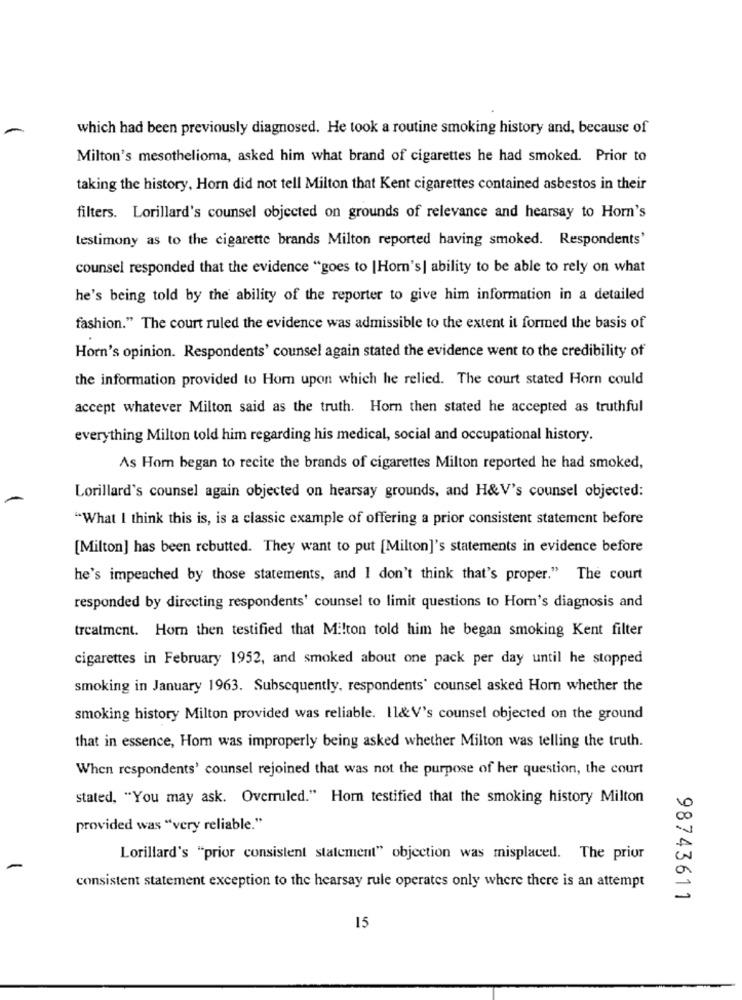
which had been previously diagnosed. He took a routine smoking history and, because of
Milton's mesothelioma, asked him what brand of cigarettes he had smoked. Prior to
taking the history, Horn did not tell Milton that Kent cigarettes contained asbestos in their
filters. Lorillard's counsel objected on grounds of relevance and hearsay to Horn's
testimony as to the cigarette brands Milton reported having smoked. Respondents'
counsel responded that the evidence "goes to |Horn's] ability to be able to rely on what
he's being told by the ability of the reporter to give him information in a detailed
fashion." The court ruled the evidence was admissible to the extent it formed the basis of
Horn's opinion. Respondents' counsel again stated the evidence went to the credibility of
the information provided to Hom upon which he relied. The court stated Horn could
accept whatever Milton said as the truth. Horn then stated he accepted as truthful
everything Milton told him regarding his medical, social and occupational history.
As Horn began to recite the brands of cigarettes Milton reported he had smoked,
Lorillard's counsel again objected on hearsay grounds, and H&V's counsel objected:
"What I think this is, is a classic example of offering a prior consistent statement before
[Milton] has been rebutted. They want to put [Milton]'s statements in evidence before
he's impeached by those statements, and I don't think that's proper." The court
responded by directing respondents' counsel to limit questions to Horn's diagnosis and
treatment. Horn then testified that Milton told him he began smoking Kent filter
cigarettes in February 1952, and smoked about one pack per day until he stopped
smoking in January 1963. Subsequently, respondents' counsel asked Horn whether the
smoking history Milton provided was reliable. Il& V's counsel objected on the ground
that in essence, Horn was improperly being asked whether Milton was telling the truth.
When respondents' counsel rejoined that was not the purpose of her question, the court
stated, "You may ask. Overruled." Hom testified that the smoking history Milton
provided was "very reliable."
Lorillard's "prior consistent statement" objection was misplaced. The prior
consistent statement exception to the hearsay rule operates only where there is an attempt
98743611
15